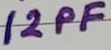
Text: 12PF